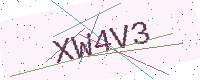
Text: XW4V3